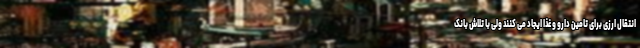
انتقال ارزی برای تامین دارو و غذا ایجاد می کنند ولی با تلاش بانک